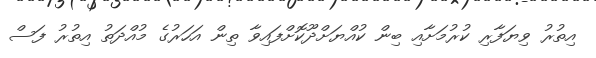
އިތުރު ވިޔަފާރި ކުރުމަށާއި ބިން ކުއްޔަށްދޫކޮށްފައިވާ ތިން އަހަރުގެ މުއްދަތު އިތުރު ފަސް